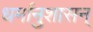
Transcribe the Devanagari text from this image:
धर्मानुशासन्